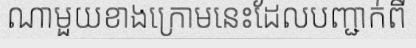
ណាមួយខាងក្រោមនេះដែលបញ្ជាក់ពី